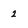
Character: 2